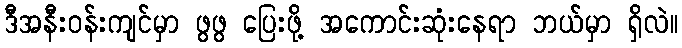
ဒီအနီးဝန်းကျင်မှာ ဖွဖွ ပြေးဖို့ အကောင်းဆုံးနေရာ ဘယ်မှာ ရှိလဲ။